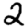
Digit: 2